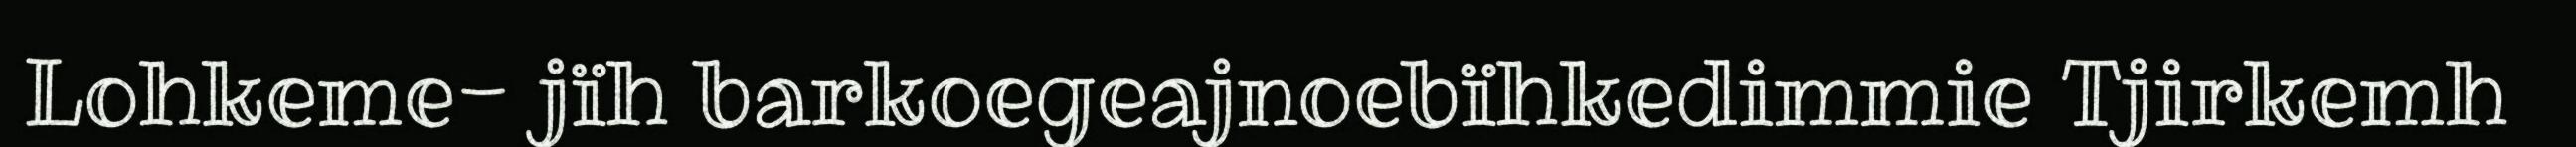
Lohkeme- jïh barkoegeajnoebïhkedimmie Tjirkemh